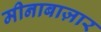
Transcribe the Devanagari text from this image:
मीनाबाज़ार